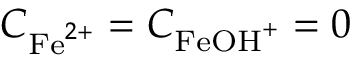
C _ { \mathrm { F e } ^ { 2 + } } = C _ { \mathrm { F e O H } ^ { + } } = 0